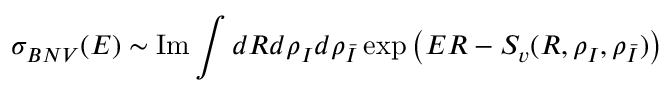
\sigma _ { B N V } ( E ) \sim \mathrm { I m } \int d R d \rho _ { I } d \rho _ { \bar { I } } \exp \left( E R - S _ { v } ( R , \rho _ { I } , \rho _ { \bar { I } } ) \right)